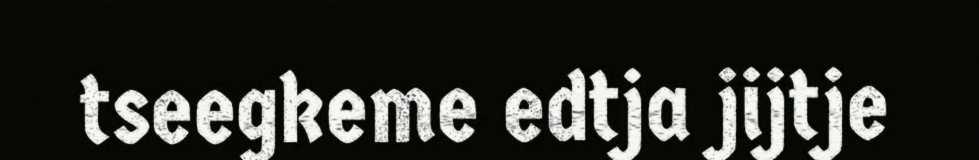
tseegkeme edtja jijtje